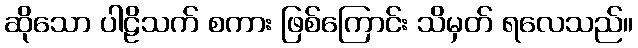
ဆိုသော ပါဠိသက် စကား ဖြစ်ကြောင်း သိမှတ် ရလေသည်။